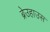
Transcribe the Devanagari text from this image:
ब्रेउहाउस